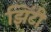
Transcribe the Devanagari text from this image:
झिंटी